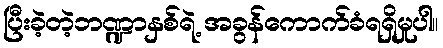
ပြီးခဲ့တဲ့ဘဏ္ဍာနှစ်ရဲ့ အခွန်ကောက်ခံရရှိမှုပါ။